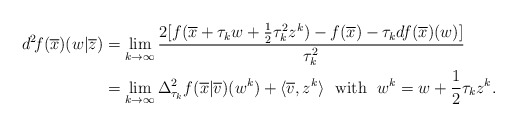
\begin{align*} d^2\!f(\overline{x})(w|\overline{z}) &=\lim_{k\to\infty}\frac{2[f(\overline{x}+\tau_kw+\frac{1}{2}\tau_k^2z^k)-f(\overline{x})-\tau_kdf(\overline{x})(w)]}{\tau_k^2}\\ &=\lim_{k\to\infty}\Delta_{\tau_k}^2f(\overline{x}|\overline{v})(w^k)+\langle\overline{v},z^k\rangle\ \ {\rm with}\ \ w^k=w+\frac{1}{2}\tau_kz^k. \end{align*}